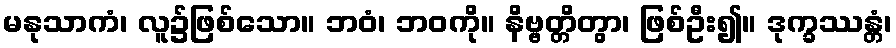
မနုသာကံ၊ လူ၌ဖြစ်သော။ ဘဝံ၊ ဘဝကို။ နိဗ္ဗတ္တိတွာ၊ ဖြစ်ဦး၍။ ဒုက္ခဿန္တံ၊